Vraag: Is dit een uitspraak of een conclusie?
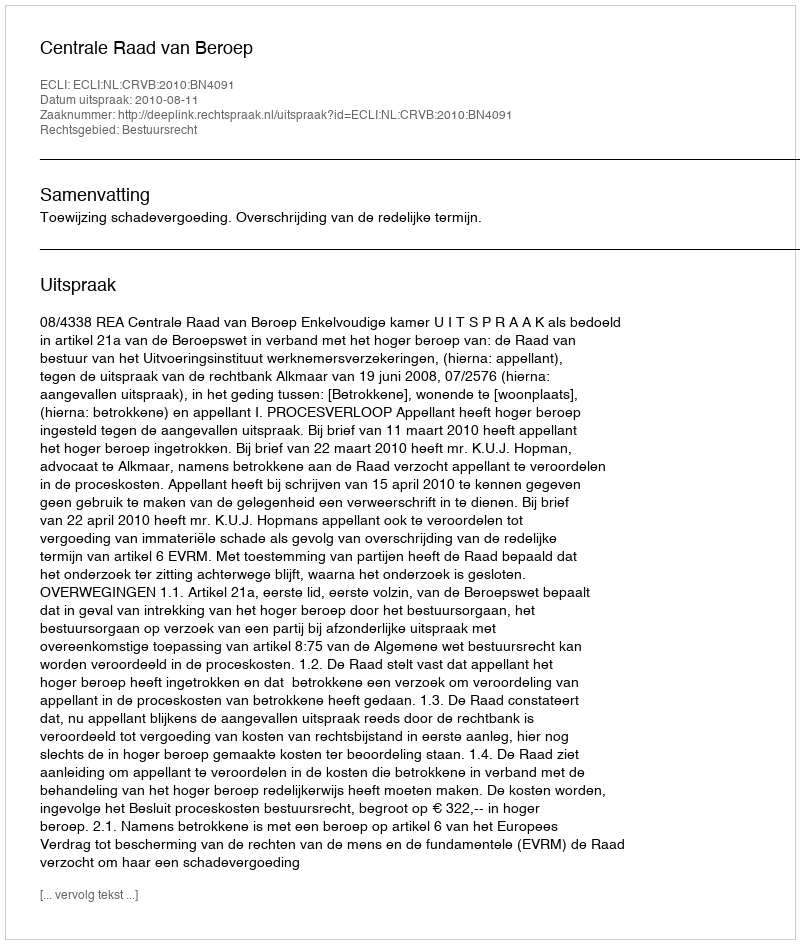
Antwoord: Uitspraak